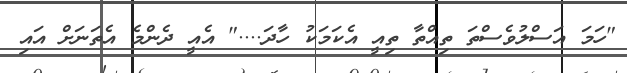
"ހަމަ އަސްލުވެސްތަ ތިއްތާ ތިއީ އެކަމަކު ހާދަ...." އެއީ ދެންމެ އެތަނަށް އައި